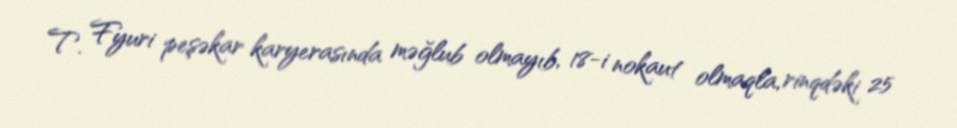
T. Fyuri peşəkar karyerasında məğlub olmayıb, 18-i nokaut olmaqla, rinqdəki 25